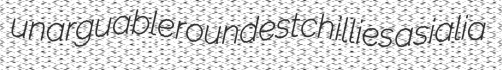
unarguable roundest chillies asialia